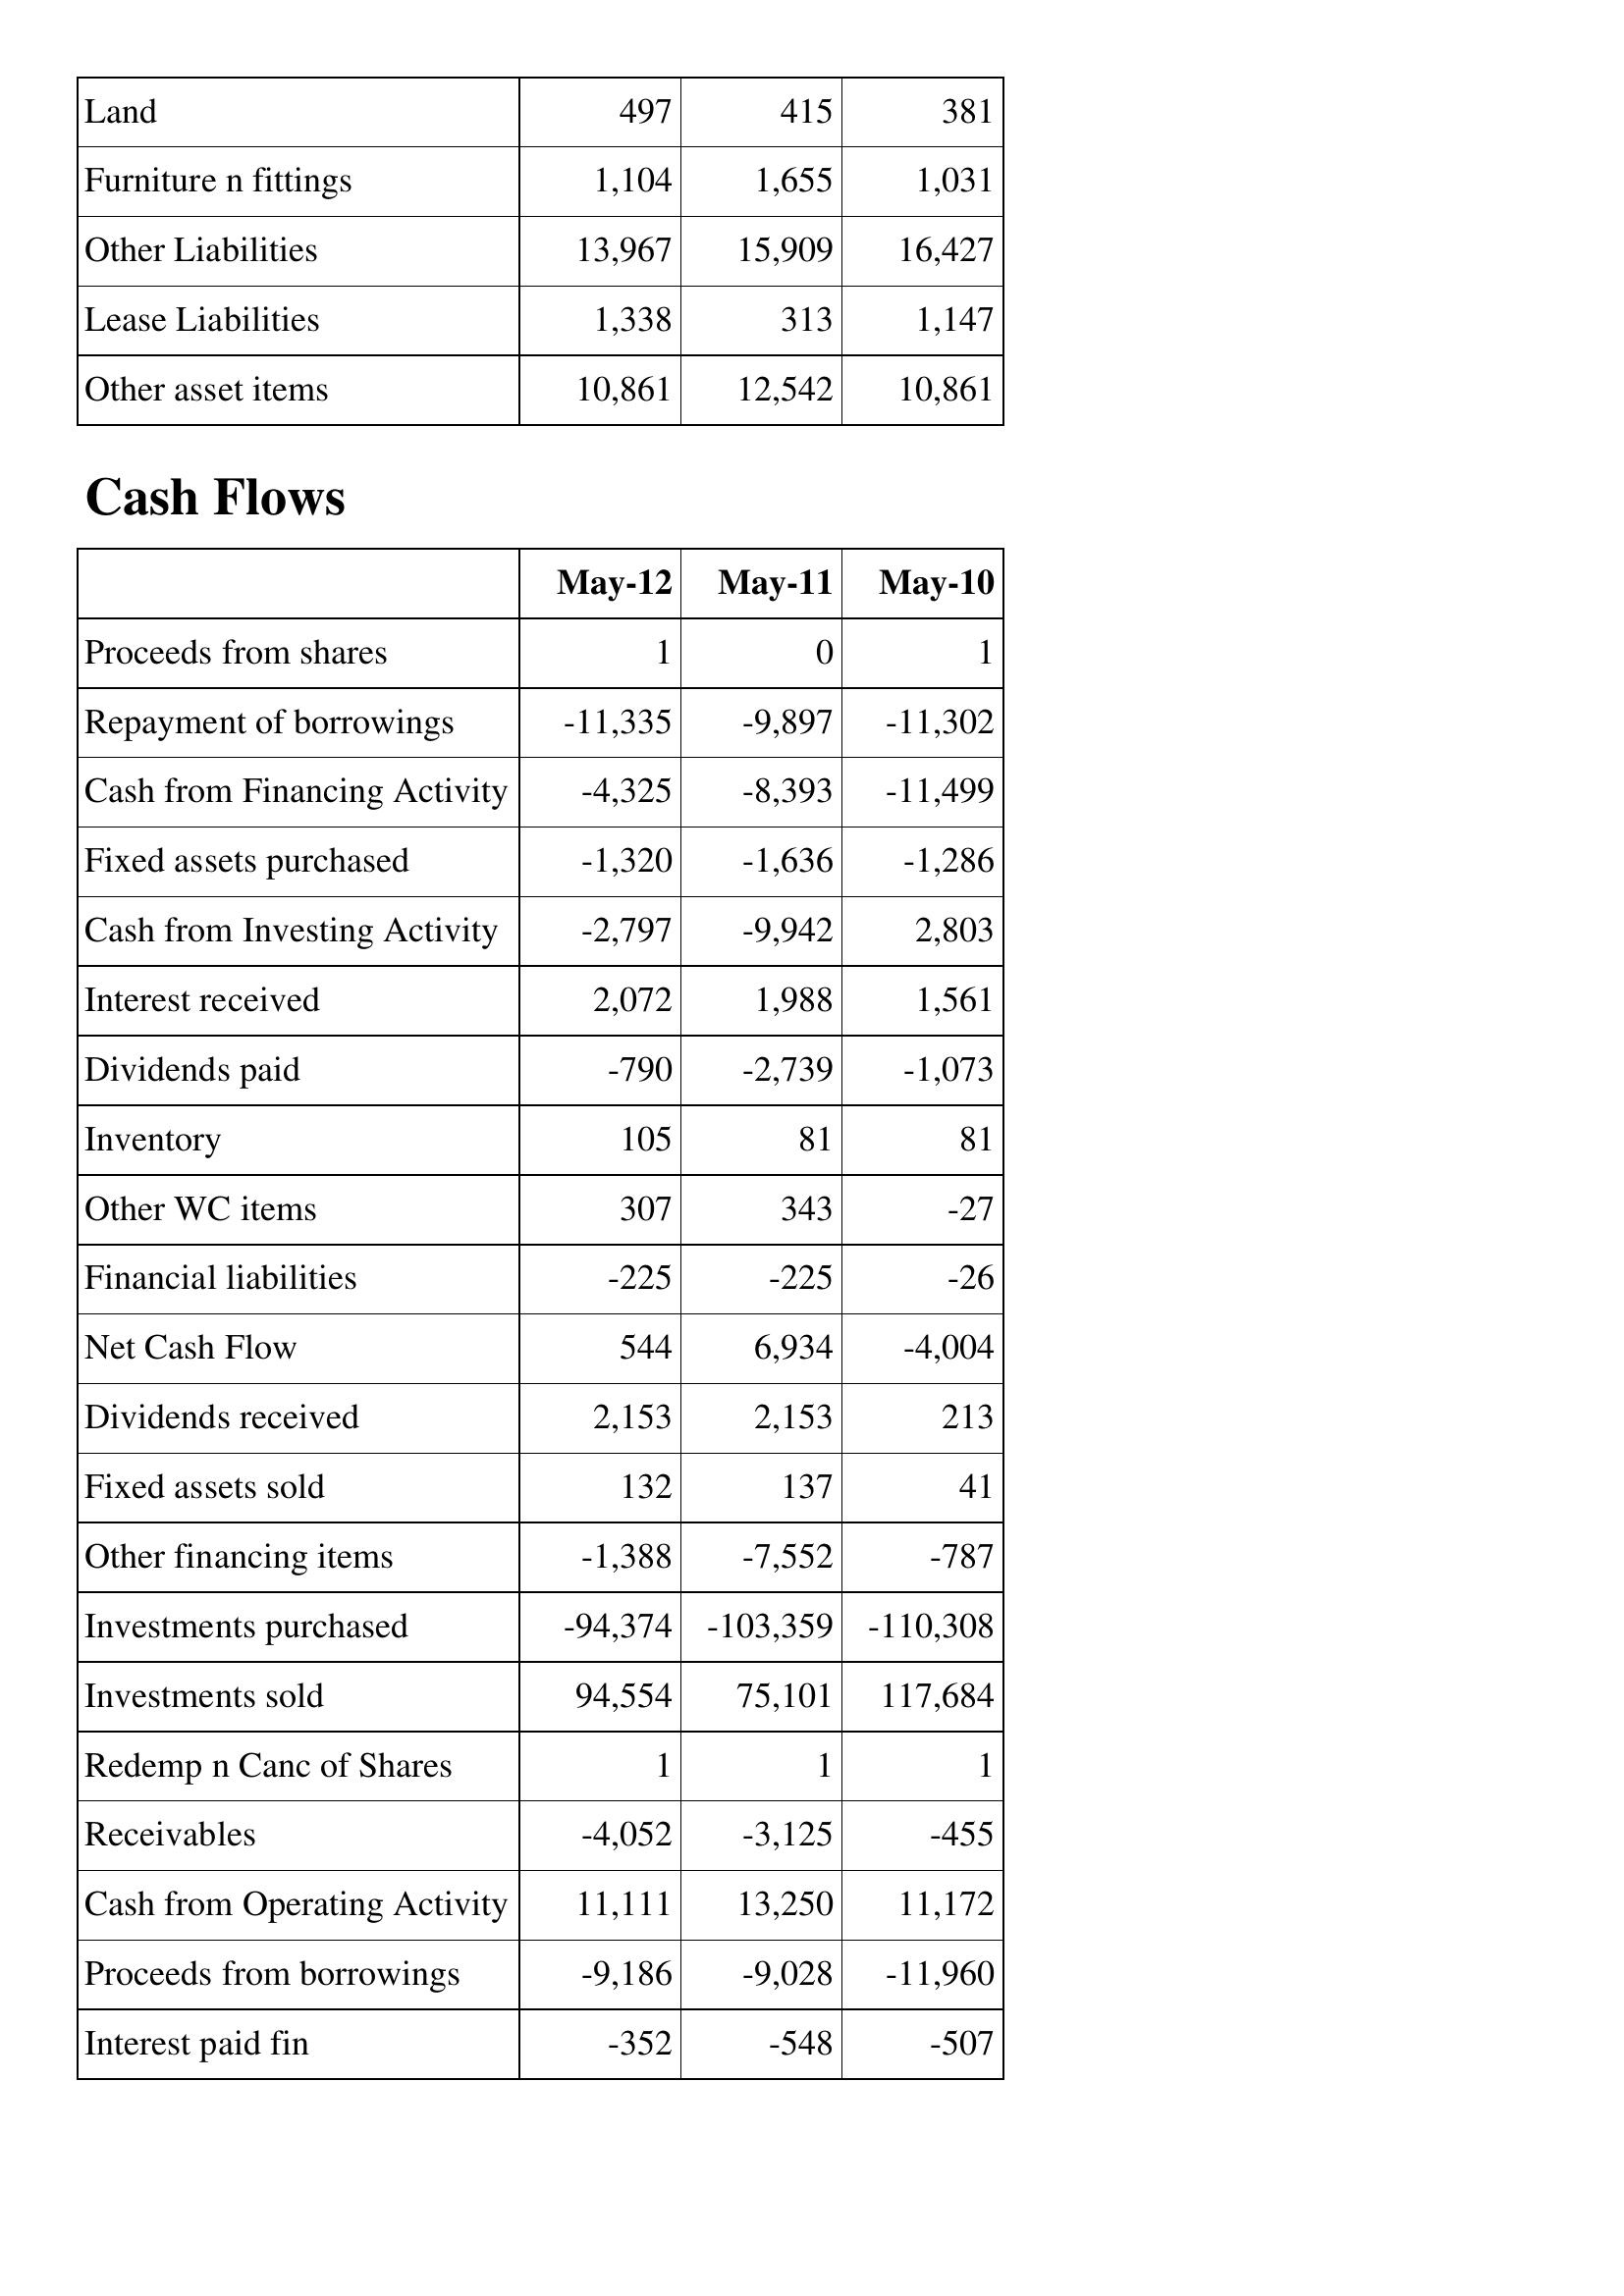
May-12: Balance Sheet: Land: 497
Furniture n fittings: 1,104
Other Liabilities: 13,967
Lease Liabilities: 1,338
Other asset items: 10,861
Cash Flows: Proceeds from shares: 1
Repayment of borrowings: -11,335
Cash from Financing Activity: -4,325
Fixed assets purchased: -1,320
Cash from Investing Activity: -2,797
Interest received: 2,072
Dividends paid: -790
Inventory: 105
Other WC items: 307
Financial liabilities: -225
Net Cash Flow: 544
Dividends received: 2,153
Fixed assets sold: 132
Other financing items: -1,388
Investments purchased: -94,374
Investments sold: 94,554
Redemp n Canc of Shares: 1
Receivables: -4,052
Cash from Operating Activity: 11,111
Proceeds from borrowings: -9,186
Interest paid fin: -352
May-11: Balance Sheet: Land: 415
Furniture n fittings: 1,655
Other Liabilities: 15,909
Lease Liabilities: 313
Other asset items: 12,542
Cash Flows: Proceeds from shares: 0
Repayment of borrowings: -9,897
Cash from Financing Activity: -8,393
Fixed assets purchased: -1,636
Cash from Investing Activity: -9,942
Interest received: 1,988
Dividends paid: -2,739
Inventory: 81
Other WC items: 343
Financial liabilities: -225
Net Cash Flow: 6,934
Dividends received: 2,153
Fixed assets sold: 137
Other financing items: -7,552
Investments purchased: -103,359
Investments sold: 75,101
Redemp n Canc of Shares: 1
Receivables: -3,125
Cash from Operating Activity: 13,250
Proceeds from borrowings: -9,028
Interest paid fin: -548
May-10: Balance Sheet: Land: 381
Furniture n fittings: 1,031
Other Liabilities: 16,427
Lease Liabilities: 1,147
Other asset items: 10,861
Cash Flows: Proceeds from shares: 1
Repayment of borrowings: -11,302
Cash from Financing Activity: -11,499
Fixed assets purchased: -1,286
Cash from Investing Activity: 2,803
Interest received: 1,561
Dividends paid: -1,073
Inventory: 81
Other WC items: -27
Financial liabilities: -26
Net Cash Flow: -4,004
Dividends received: 213
Fixed assets sold: 41
Other financing items: -787
Investments purchased: -110,308
Investments sold: 117,684
Redemp n Canc of Shares: 1
Receivables: -455
Cash from Operating Activity: 11,172
Proceeds from borrowings: -11,960
Interest paid fin: -507